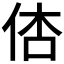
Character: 𠉉